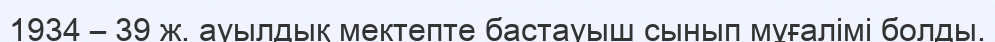
1934 – 39 ж. ауылдық мектепте бастауыш сынып мұғалімі болды.